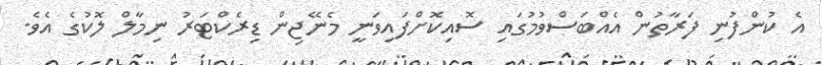
އެ ކުންފުނި ފަރާތުން އެއްބަސްވުމުގައި ސޮއިކޮށްފައިވަނީ މެނޭޖިން ޑިރެކްޓަރު ނިމާލް ލޮކުގެ އެވެ.